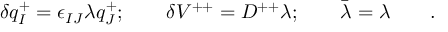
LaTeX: \delta q _ { I } ^ { + } = \epsilon _ { I J } \lambda q _ { J } ^ { + } ; \qquad \delta V ^ { + + } = D ^ { + + } \lambda ; \qquad \bar { \lambda } = \lambda \qquad .